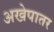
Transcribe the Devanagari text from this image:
अखेपातर